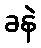
ခနဲ